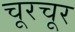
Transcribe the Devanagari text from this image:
चूरचूर